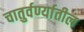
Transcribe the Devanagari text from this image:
चातुर्वर्ण्यातील